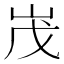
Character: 𡶔